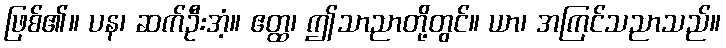
ဖြစ်၏။ ပန၊ ဆက်ဦးအံ့။ ဧတ္ထ၊ ဤသာညာတို့တွင်။ ယာ၊ အကြင်သညာသည်။